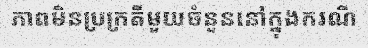
ភាពមិនប្រក្រតីមួយចំនួននៅក្នុងករណី